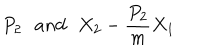
LaTeX: P _ { 2 } \, \, \, \, a n d \, \, \, \, X _ { 2 } - \frac { P _ { 2 } } { m } X _ { 1 }